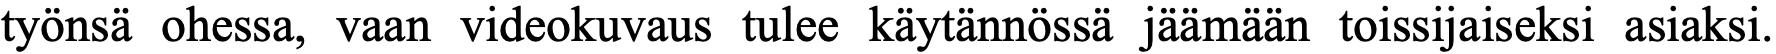
työnsä ohessa, vaan videokuvaus tulee käytännössä jäämään toissijaiseksi asiaksi.